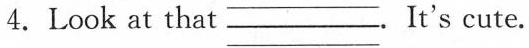
4.Look at that ___.It's cute.|